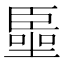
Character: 𠽺